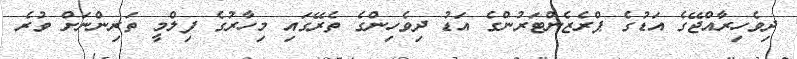
ދިވެހިރާއްޖޭގެ އަޑުގެ ޕްރެޒެންޓަރުންގެ އަޑު ދިވެހިންގެ ތެރޭގައި މިހާރުގެ ފިލްމީ ތަރިންނަށް ވުރެ